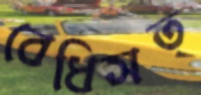
বেধিসত্